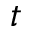
t